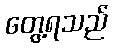
တွေ့ရသည်